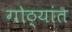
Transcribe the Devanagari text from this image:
गोठ्यांत